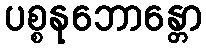
ပစ္စနုဘောန္တော